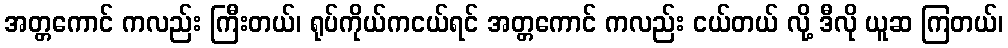
အတ္တကောင် ကလည်း ကြီးတယ်၊ ရုပ်ကိုယ်ကငယ်ရင် အတ္တကောင် ကလည်း ငယ်တယ် လို့ ဒီလို ယူဆ ကြတယ်၊